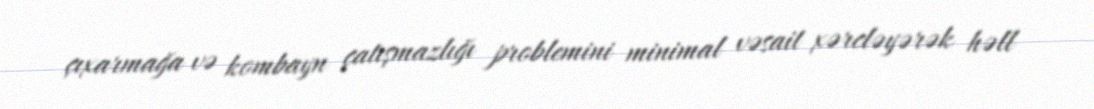
çıxarmağa və kombayn çatışmazlığı problemini minimal vəsait xərcləyərək həll